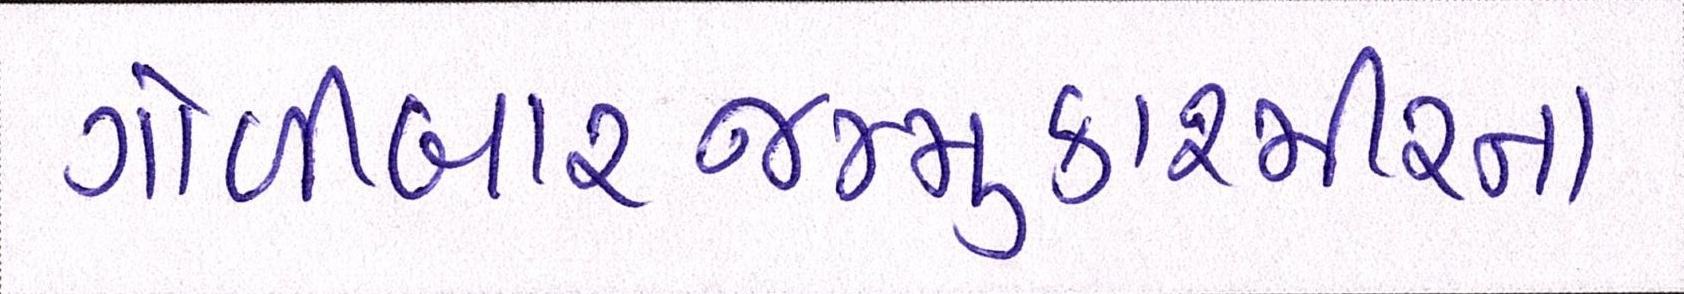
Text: ગોળીબારજમ્મુ-કાશ્મીરના